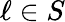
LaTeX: \ell\in S